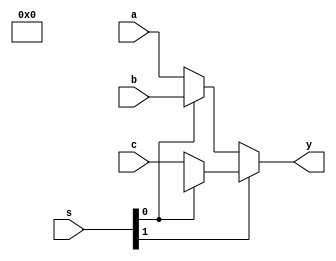
module mux3_64bit(a, b, c, s, y);

	// input ports & output port
	input [63:0] a, b, c;
	input [1:0]  s;
	output reg [63:0] y;
	
	always @ (*) begin
		if(s[1] == 1'b0) begin
			if(s[0] == 1'b0) y <= a;
			else y <= b;
		end
		else begin
			if(s[0] == 1'b0) y<= c;
			else y <= 32'bx;
		end
	end	
	
endmodule